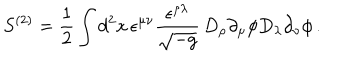
S ^ { ( 2 ) } = \frac { 1 } { 2 } \int d ^ { 2 } x \, \epsilon ^ { \mu \nu } \frac { \epsilon ^ { \rho \lambda } } { \sqrt { - g } } \, D _ { \rho } \partial _ { \mu } \phi D _ { \lambda } \partial _ { \nu } \phi \, .